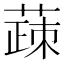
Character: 𬝸